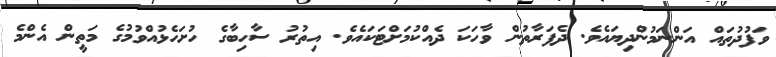
ވަފުދުތައް އަންނަމުންދިޔައެވެ. ދެފަރާތުން ވާހަކަ ދެއްކުމަށްޓަކައެވެ. އިތުރު ސާހިބާގެ ހުށަހެޅުއްވުމުގެ މަތީން އެންމެ